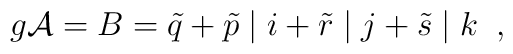
g{\cal A}=B= \tilde{q}+ \tilde{p} \; \vert \; i+\tilde{r} \; \vert \; j+\tilde{s} \; \vert \; k \; \; ,